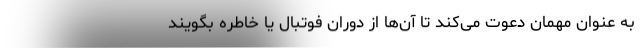
به عنوان مهمان دعوت می‌کند تا آن‌ها از دوران فوتبال یا خاطره بگویند